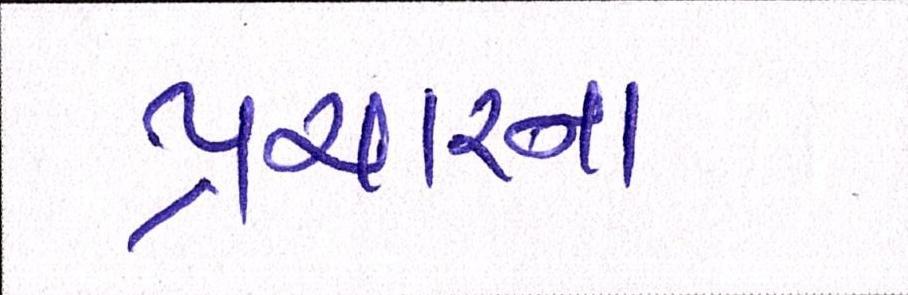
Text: પ્રચારના